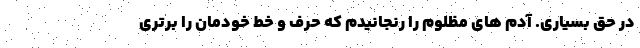
در حق بسیاری. آدم های مظلوم را رنجانیدم که حرف و خط خودمان را برتری